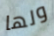
ولها